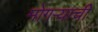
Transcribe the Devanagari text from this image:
मोगऱ्याची